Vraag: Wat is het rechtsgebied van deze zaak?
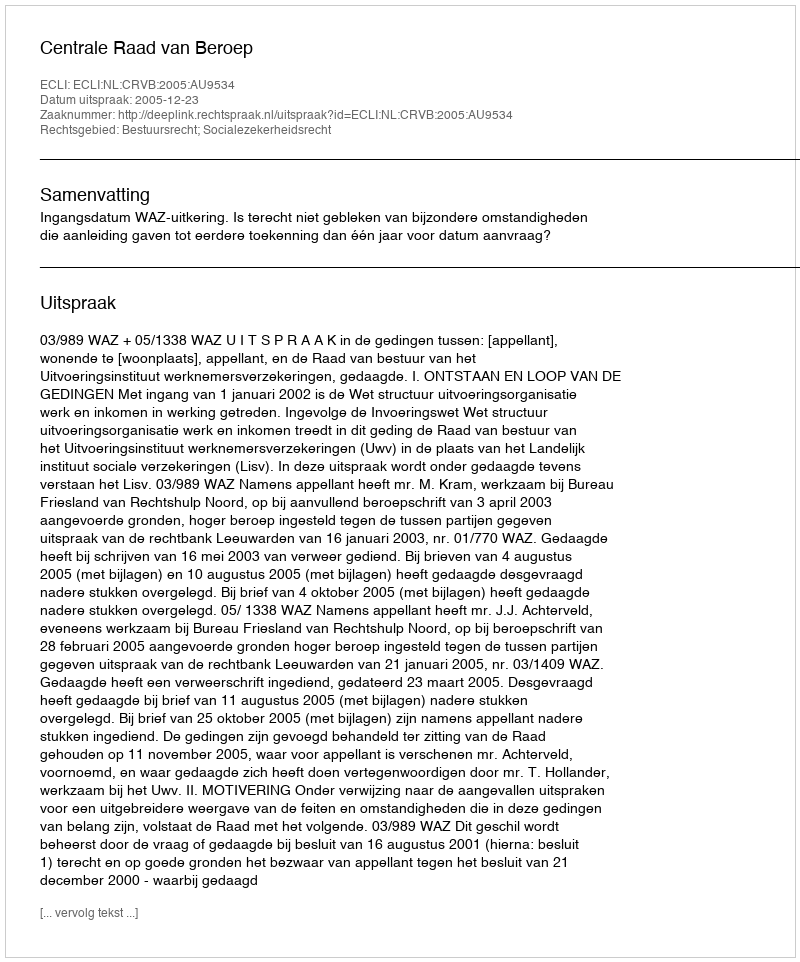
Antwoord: Bestuursrecht; Socialezekerheidsrecht